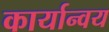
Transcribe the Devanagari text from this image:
कार्यान्वय